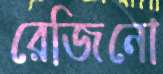
রেজিনো